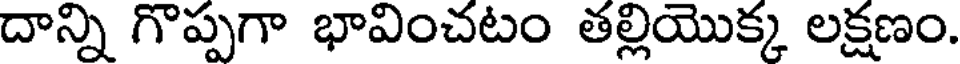
దాన్ని గొప్పగా భావించటం తల్లియొక్క లక్షణం.